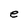
Character: e